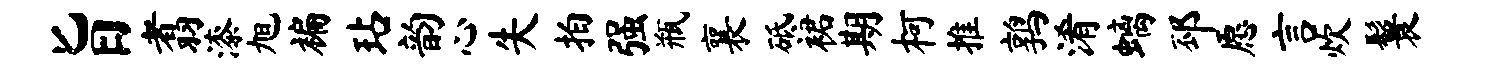
旨翥漆旭褊玷韵心失拍强瓶襄砥裙期柯推鹑淆螭邳愿言炊鬟